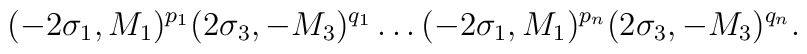
(-2\sigma _1,M_1)^{p_1}(2\sigma _3,-M_3)^{q_1}\ldots(-2\sigma _1,M_1)^{p_n}(2\sigma _3,-M_3)^{q_n}.